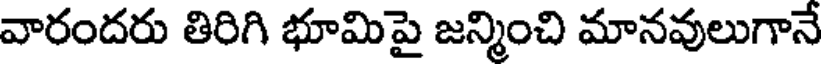
వారందరు తిరిగి భూమిపై జన్మించి మానవులుగానే